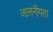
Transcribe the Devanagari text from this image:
व्श्वसनीयता